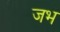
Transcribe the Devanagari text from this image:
जभ